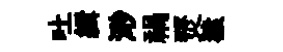
吐緝𣺌禍燹猿